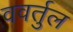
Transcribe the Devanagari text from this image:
ववर्तुल